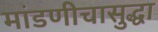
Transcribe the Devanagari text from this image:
मांडणीचासुद्धा